Civil Veterinary Department Bengal reports 1933-51 - 1933-1951
Year: 1933
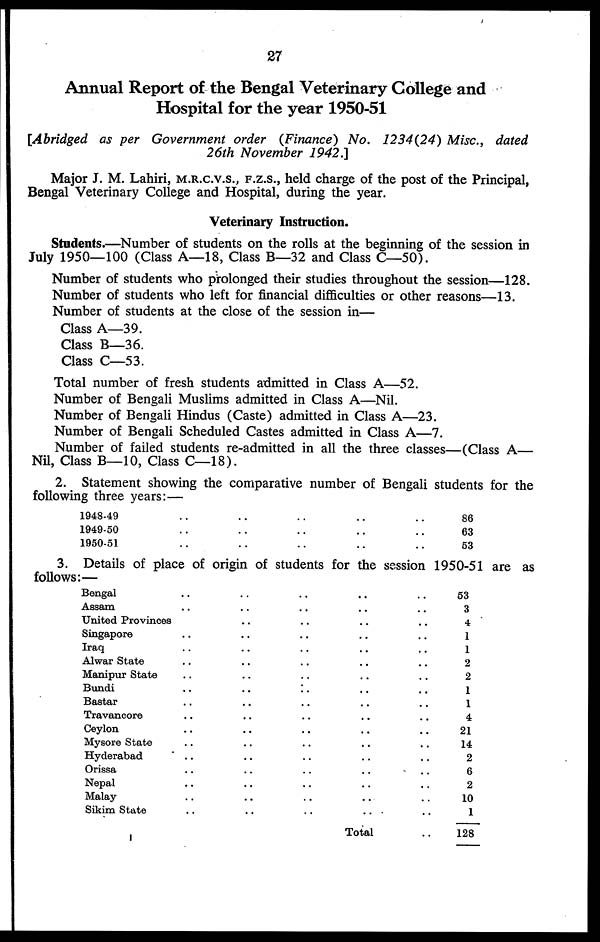
27
Annual Report of the Bengal Veterinary College and
Hospital for the year 1950-51
[Abridged as per Government order (Finance) No. 1234(24) Misc., dated
26th November 1942.]
Major J. M. Lahiri, M.R.C.V.S., F.Z.S., held charge of the post of the Principal,
Bengal Veterinary College and Hospital, during the year.
Veterinary Instruction.
Students.—Number of students on the rolls at the beginning of the session in
July 1950—100 (Class A—18, Class B—32 and Class C—50).
Number of students who prolonged their studies throughout the session—128.
Number of students who left for financial difficulties or other reasons—13.
Number of students at the close of the session in—
Class A—39.
Class B—36.
Class C—53.
Total number of fresh students admitted in Class A—52.
Number of Bengali Muslims admitted in Class A—Nil.
Number of Bengali Hindus (Caste) admitted in Class A—23.
Number of Bengali Scheduled Castes admitted in Class A—7.
Number of failed students re-admitted in all the three classes—(Class A—
Nil, Class B—10, Class C—18).
2. Statement showing the comparative number of Bengali students for the
following three years:—
1948-49 .. .. .. .. ..
1949-50 .. .. .. .. ..
1950-51 .. .. .. .. ..
86
63
53
3. Details of place of origin of students for the session 1950-51 are as
follows:—
Bengal .. .. .. .. .. ..
Assam .. .. .. .. ..
United Provinces .. .. .. ..
Singapore .. .. .. .. ..
Iraq .. .. .. .. ..
Alwar State .. .. .. .. ..
Manipur State .. .. .. .. ..
Bundi .. .. .. .. ..
Bastar .. .. .. .. ..
Travancore .. .. .. .. ..
Ceylon .. .. .. .. ..
Mysore State .. .. .. .. ..
Hyderabad .. .. .. .. ..
Orissa .. .. .. .. ..
Nepal .. .. .. .. ..
Malay .. .. .. .. ..
Sikim State .. .. .. .. ..
Total ..
53
3
4
1
1
2
2
1
1
4
21
14
2
6
2
10
1
128